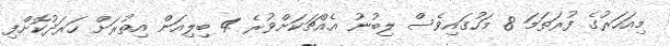
މިއަހަރުގެ ފުރަތަމަ 8 މަހުގައިވެސް ލިބުނު އެއްޗަކަށްވުރެ 4 ބިލިއަން އިތުރަށް ހަރަދުކޮށްފި